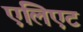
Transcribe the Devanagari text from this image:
एलिएट